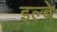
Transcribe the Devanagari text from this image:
इल्बे